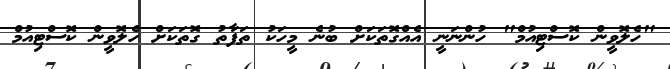
"ހެލޮވީން ކޮސްޓިއުމް" ހުންނަނީ އެއްގޮތަކަށް ބުނެ މީހަކު ތަފާތު ގޮތަކަށް ހެލޮވީން ކޮސްޓިއުމް